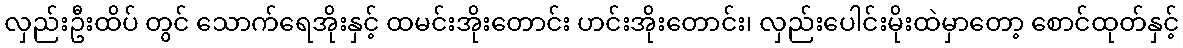
လှည်းဦးထိပ် တွင် သောက်ရေအိုးနှင့် ထမင်းအိုးတောင်း ဟင်းအိုးတောင်း၊ လှည်းပေါင်းမိုးထဲမှာတော့ စောင်ထုတ်နှင့်